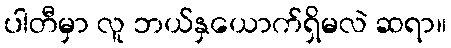
ပါတီမှာ လူ ဘယ်နှယောက်ရှိမလဲ ဆရာ။